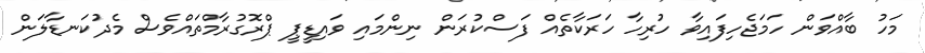
މަހު ބާއްވަން ހަމަޖެހިފައިވާ ހުރިހާ ހަރަކާތެއް ފަސްކުރަން ނިންމައި ވައިޑީޕީ ޕްރޮގުރާމްތައްވެސް މެދުކަނޑާލަން